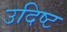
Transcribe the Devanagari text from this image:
उदिष्‍ट